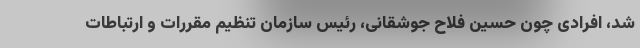
شد، افرادی چون حسین فلاح جوشقانی، رئیس سازمان تنظیم مقررات و ارتباطات